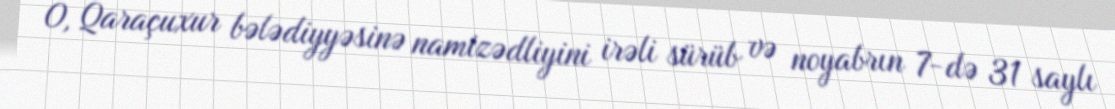
O, Qaraçuxur bələdiyyəsinə namizədliyini irəli sürüb və noyabrın 7-də 31 saylı